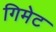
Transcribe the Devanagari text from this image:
गिमेट